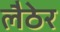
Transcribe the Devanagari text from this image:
लैठेर